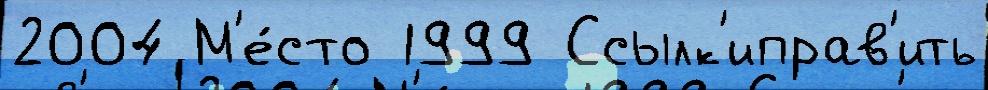
2004 М'е́сто 1999 Ссылк'иправ'ить